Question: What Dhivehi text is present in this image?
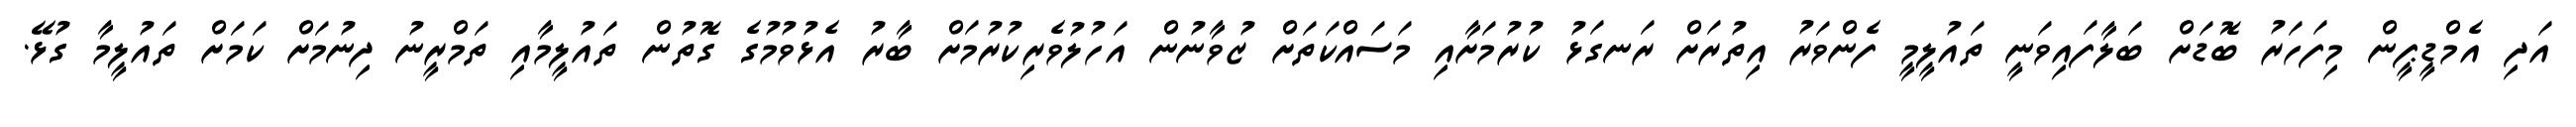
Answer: އަދި އެމްޑީޕީން މިފަހަރު ބޮޑަށް ބަލާފައިވަނީ ތައުލީމީ ފެންވަރު އިތުރަށް ރަނގަޅު ކުރުމަށާއި މަސައްކަތަށް ޒުވާނުން އަހުލުވެރިކުރުމަށް ބާރު އެޅުވުމުގެ ގޮތުން ތައުލީމާއި ތަމްރީނު ދިނުމަށް ކަމަށް ތައުލީމާ ގުޅޭ.